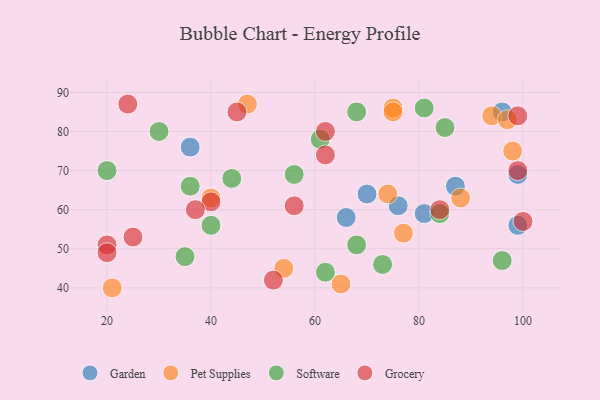
{"axis": {"x": "GDP", "y": "Life Expectancy"}, "legend": ["Garden", "Grocery", "Pet Supplies", "Software"], "data": [{"x": "99", "y": 69, "type": "Garden"}, {"x": "87", "y": 66, "type": "Garden"}, {"x": "70", "y": 64, "type": "Garden"}, {"x": "99", "y": 56, "type": "Garden"}, {"x": "36", "y": 76, "type": "Garden"}, {"x": "76", "y": 61, "type": "Garden"}, {"x": "66", "y": 58, "type": "Garden"}, {"x": "81", "y": 59, "type": "Garden"}, {"x": "96", "y": 85, "type": "Garden"}, {"x": "98", "y": 75, "type": "Pet Supplies"}, {"x": "77", "y": 54, "type": "Pet Supplies"}, {"x": "65", "y": 41, "type": "Pet Supplies"}, {"x": "47", "y": 87, "type": "Pet Supplies"}, {"x": "54", "y": 45, "type": "Pet Supplies"}, {"x": "88", "y": 63, "type": "Pet Supplies"}, {"x": "94", "y": 84, "type": "Pet Supplies"}, {"x": "75", "y": 86, "type": "Pet Supplies"}, {"x": "97", "y": 83, "type": "Pet Supplies"}, {"x": "75", "y": 85, "type": "Pet Supplies"}, {"x": "40", "y": 63, "type": "Pet Supplies"}, {"x": "21", "y": 40, "type": "Pet Supplies"}, {"x": "74", "y": 64, "type": "Pet Supplies"}, {"x": "81", "y": 86, "type": "Software"}, {"x": "73", "y": 46, "type": "Software"}, {"x": "20", "y": 70, "type": "Software"}, {"x": "84", "y": 59, "type": "Software"}, {"x": "96", "y": 47, "type": "Software"}, {"x": "44", "y": 68, "type": "Software"}, {"x": "36", "y": 66, "type": "Software"}, {"x": "35", "y": 48, "type": "Software"}, {"x": "62", "y": 44, "type": "Software"}, {"x": "61", "y": 78, "type": "Software"}, {"x": "40", "y": 56, "type": "Software"}, {"x": "68", "y": 51, "type": "Software"}, {"x": "56", "y": 69, "type": "Software"}, {"x": "68", "y": 85, "type": "Software"}, {"x": "85", "y": 81, "type": "Software"}, {"x": "30", "y": 80, "type": "Software"}, {"x": "24", "y": 87, "type": "Grocery"}, {"x": "84", "y": 60, "type": "Grocery"}, {"x": "99", "y": 70, "type": "Grocery"}, {"x": "40", "y": 62, "type": "Grocery"}, {"x": "37", "y": 60, "type": "Grocery"}, {"x": "62", "y": 74, "type": "Grocery"}, {"x": "100", "y": 57, "type": "Grocery"}, {"x": "99", "y": 84, "type": "Grocery"}, {"x": "25", "y": 53, "type": "Grocery"}, {"x": "52", "y": 42, "type": "Grocery"}, {"x": "62", "y": 80, "type": "Grocery"}, {"x": "56", "y": 61, "type": "Grocery"}, {"x": "20", "y": 51, "type": "Grocery"}, {"x": "20", "y": 49, "type": "Grocery"}, {"x": "45", "y": 85, "type": "Grocery"}]}